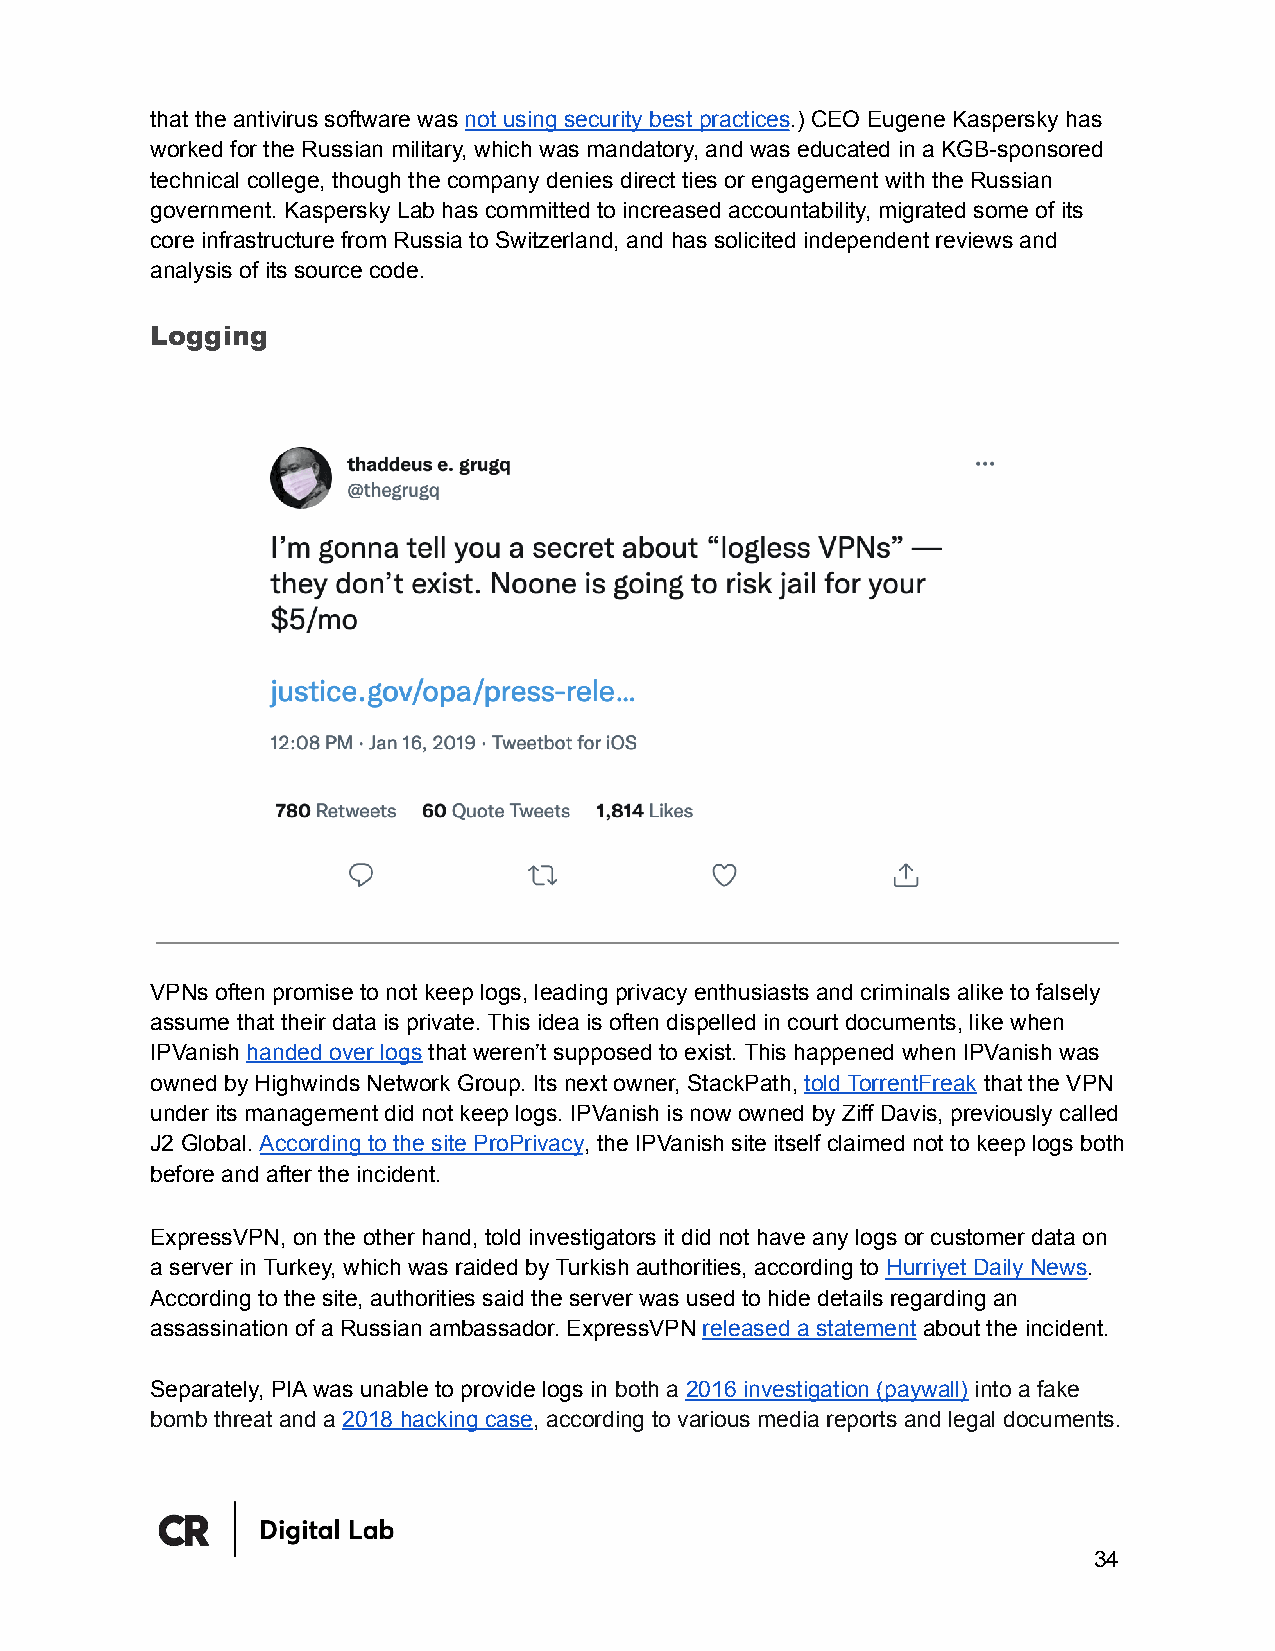
that the antivirus software was not using security best practices.) CEO Eugene Kaspersky has
 worked for the Russian military, which was mandatory, and was educated in a KGB-sponsored
 technical college, though the company denies direct ties or engagement with the Russian
 government. Kaspersky Lab has committed to increased accountability, migrated some of its
 core infrastructure from Russia to Switzerland, and has solicited independent reviews and
 analysis of its source code.
 Logging
 VPNs often promise to not keep logs, leading privacy enthusiasts and criminals alike to falsely
 assume that their data is private. This idea is often dispelled in court documents, like when
 IPVanish handed over logs that weren’t supposed to exist. This happened when IPVanish was
 owned by Highwinds Network Group. Its next owner, StackPath, told TorrentFreak that the VPN
 under its management did not keep logs. IPVanish is now owned by Ziff Davis, previously called
 J2 Global. According to the site ProPrivacy, the IPVanish site itself claimed not to keep logs both
 before and after the incident.
 ExpressVPN, on the other hand, told investigators it did not have any logs or customer data on
 a server in Turkey, which was raided by Turkish authorities, according to Hurriyet Daily News.
 According to the site, authorities said the server was used to hide details regarding an
 assassination of a Russian ambassador. ExpressVPN released a statement about the incident.
 Separately, PIA was unable to provide logs in both a 2016 investigation (paywall) into a fake
 bomb threat and a 2018 hacking case, according to various media reports and legal documents.
 34